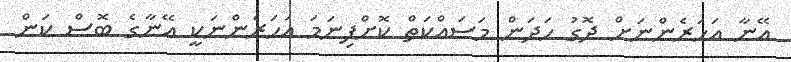
އޭނާ އަހަރެންނަށް ދޮގު ހަދަން މަސައްކަތް ކޮށްފިނަމަ އަހަރެންނަކީ އޭނާގެ ބޮސް ކަން